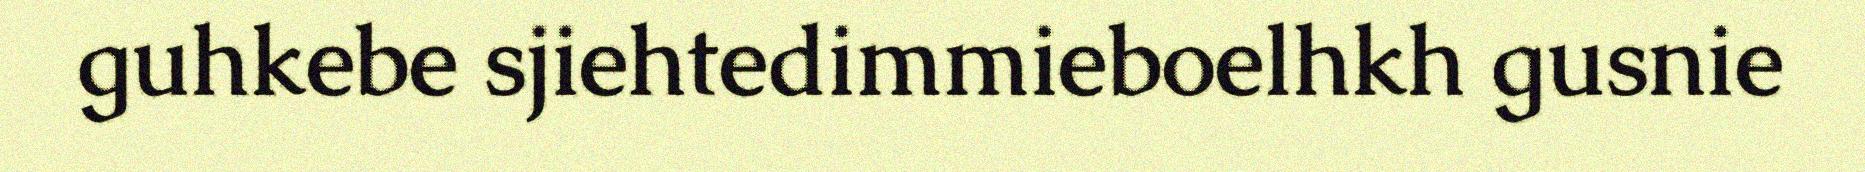
guhkebe sjiehtedimmieboelhkh gusnie